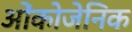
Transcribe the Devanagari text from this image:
ओंकोजेनिक